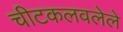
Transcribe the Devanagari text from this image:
चीटकलवलेले